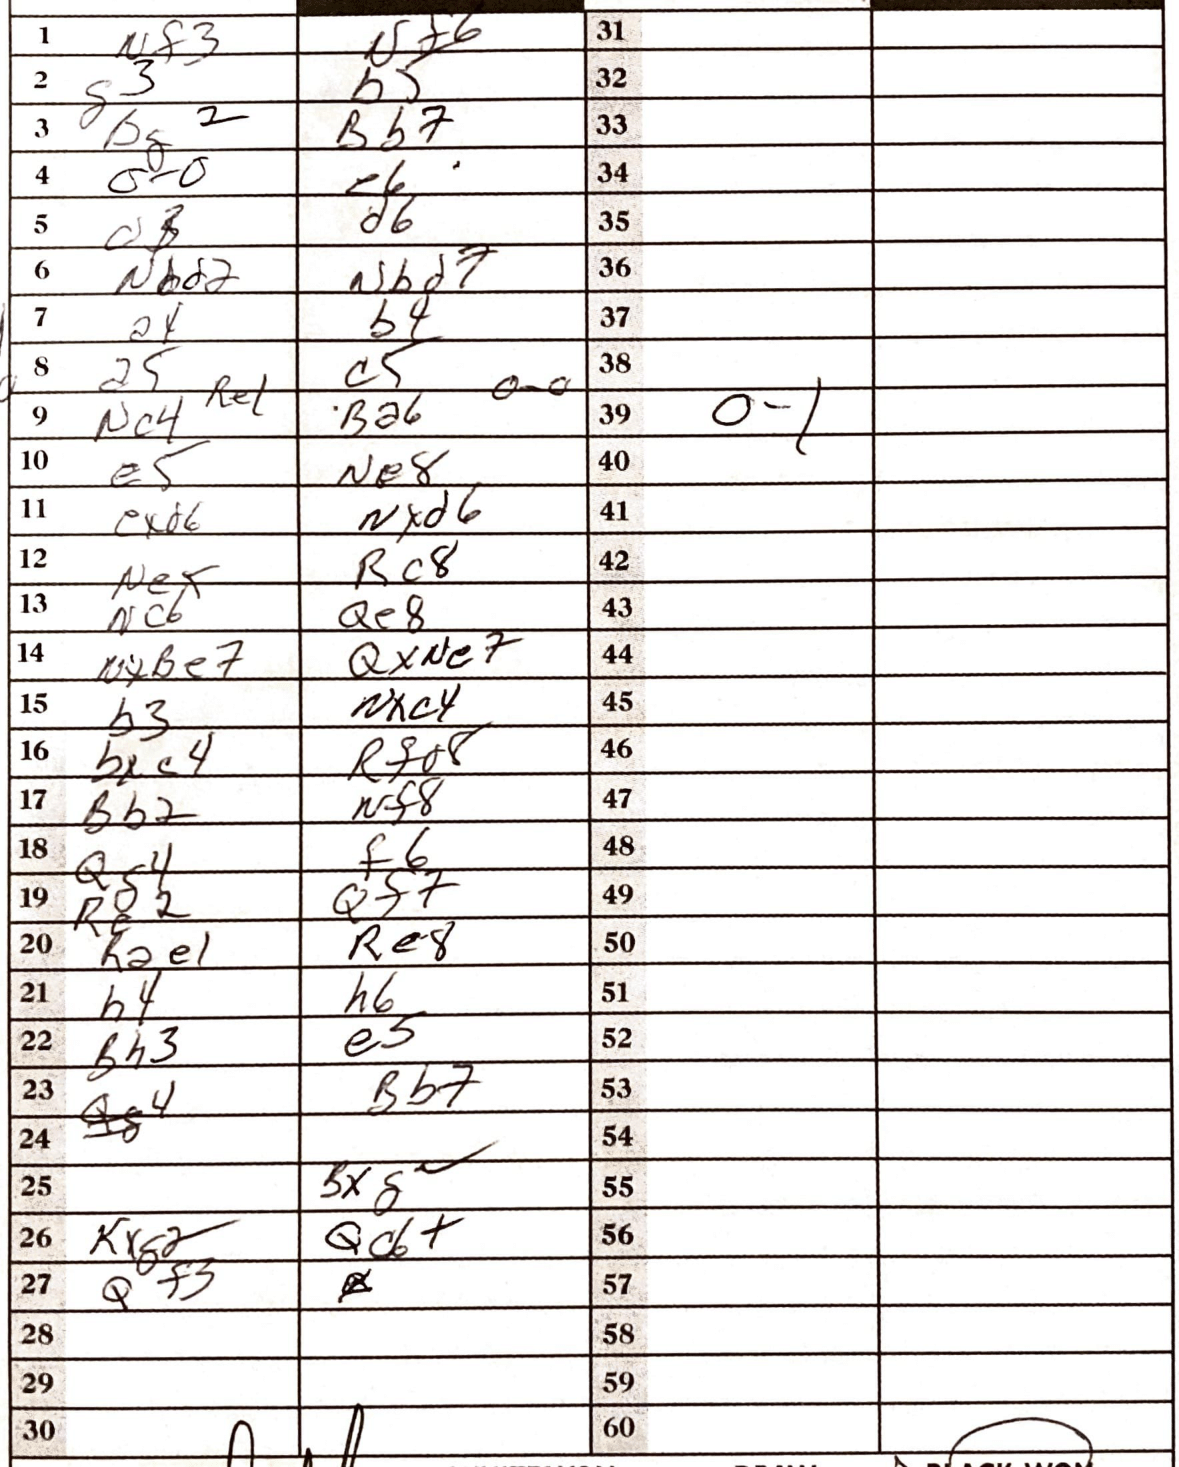
Moves: Nf3 Nf6 g3 B5 bg2 Bb7 O-O e6 d3 d6 Nbd2 Nbd7 a4 b4 a5 c5 Nc4 Ba6 e5 Ne8 exd6 Nxd6 Rc8 Nc6 Qe8 NxBe7 QxNe7 b3 Nxc4 bxc4 Rfa8 Bb2 Nf8 Qf4 f6 Re2 Qf7 Rae1 Re8 h4 h6 Bh3 e5 Bb7 Bxg Kxg2 Qd+ Qf3